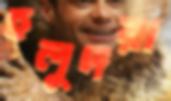
হলুদরা